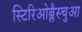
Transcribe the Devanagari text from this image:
स्टिरिओब्लैस्चुआ